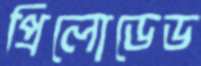
প্রিলোডেড